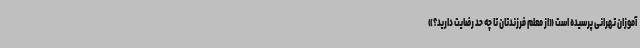
آموزان تهرانی پرسیده است «از معلم فرزندتان تا چه حد رضایت دارید؟»